Annual report of the Imperial Bacteriological Laboratory, Muktesar
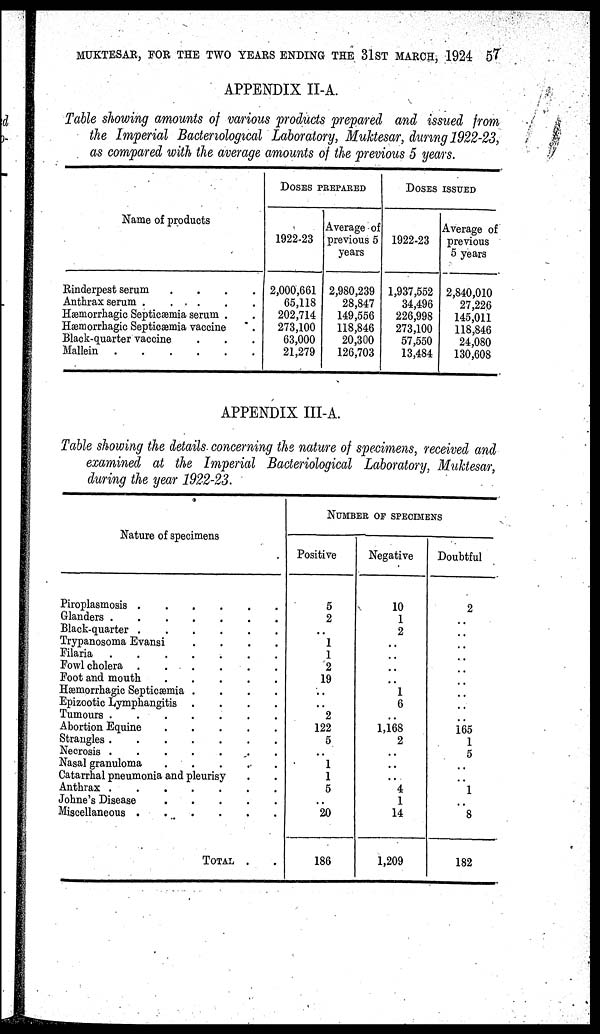
MUKTESAR, FOR THE TWO YEARS ENDING THE 31ST MARCH, 1924 57
APPENDIX II-A.
Table showing amounts of various products prepared and issued from
the Imperial Bacteriological Laboratory, Muktesar, during 1922-23,
as compared with the average amounts of the previous 5 years.
Name of products
Rinderpest serum
.
.
.
.
Anthrax serum
Hæmorrhagic Septicæmia serum .
Hæmorrhagic Septicæmia vaccine
Black-quarter vaccine
Mallein
DOSES PREPARED
1922-23
2,000,661
65,118
202,714
273,100
63,000
21,279
Average of
previous 5
years
2,980,239
28,847
149,556
118,846
20,300
126,703
DOSES ISSUED
1922-23
1,937,552
34,496
226,998
273,100
57,550
13,484
Average of
previous
5 years
2,840,010
27,226
145,011
118,846
24,080
130,608
APPENDIX III-A.
Table showing the details concerning the nature of specimens, received and
examined at the Imperial Bacteriological Laboratory, Muktesar,
during the year 1922-23.
Nature of specimens
Piroplasmosis
Glanders
Black-quarter
Trypanosoma Evansi
.
.
.
.
Filaria
Fowl cholera
Foot and mouth
Hæmorrhagic Septicæmia
.
.
.
.
Epizootic Lymphangitis .
.
.
.
Tumours
Abortion Equine
Strangles
Necrosis
Nasal granuloma
.
.
.
.
.
Catarrhal pneumonia and pleurisy
Anthrax
Johne's Disease
.
.
.
.
.
Miscellaneous . . . . .
TOTAL . .
NUMBER OF SPECIMENS
Positive
5
2
..
1
1
2
19
..
..
2
122
5
..
1
1
5
..
20
186
Negative
10
1
2
..
..
..
..
1
6
..
1,168
2
..
..
..
4
1
14
1,209
Doubtful
2
..
..
..
..
..
..
..
..
..
165
1
5
..
..
1
..
8
182